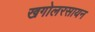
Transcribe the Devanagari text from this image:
खगोलरसायन